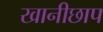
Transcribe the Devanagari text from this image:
खानीछाप